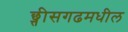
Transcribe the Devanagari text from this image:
छ्त्तीसगढमधील